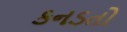
કનડતો